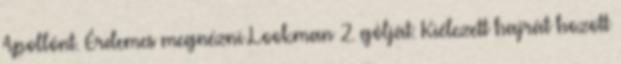
Apollónt. Érdemes megnézni Lookman 2. gólját: Kiélezett hajrát hozott